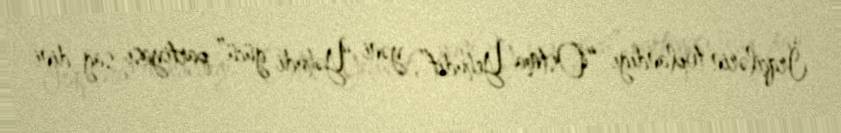
İrqçilərin toplandığı “Ostma Yehudit”, yəni “Yəhudi gücü” partiyası sağ-dini